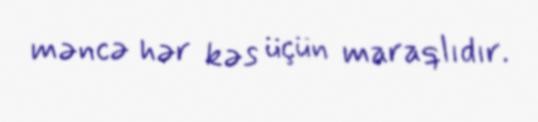
məncə hər kəs üçün maraqlıdır.